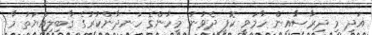
އަދި މި ދިރާސާއިން ހާމަވީ ކޮފީ ދެވުނު މީހުންގެ ހަނދާންކުރުގެ ޤާބިލިއްޔަތު މާ